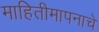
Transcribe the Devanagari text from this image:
माहितीमापनाचे